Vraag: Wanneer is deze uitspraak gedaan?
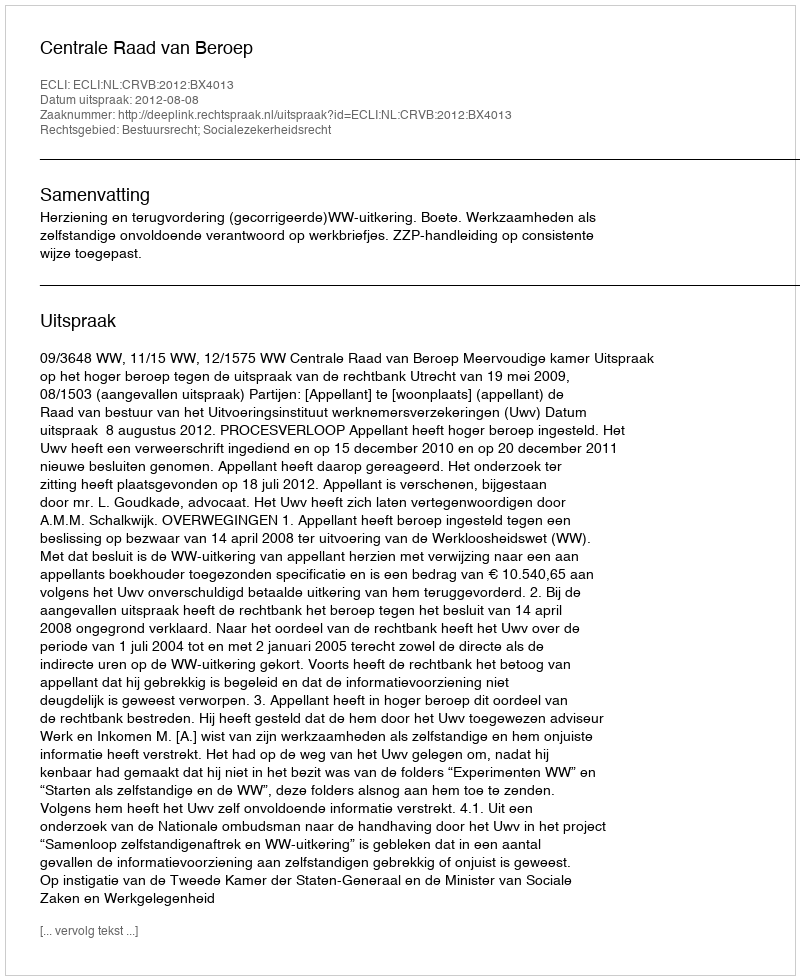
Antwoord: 2012-08-08